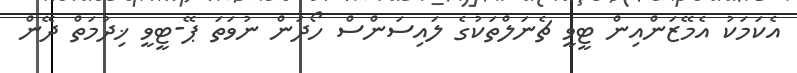
އެކަމަކު އެމޭޒަންއިން ޓީވީ ޗެނަލްތަކުގެ ލައިސަންސް ހޯދަން ނުވަތަ ޕޭ-ޓީވީ ޚިދުމަތް ދޭން